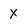
Character: X